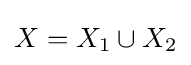
X=X_{1}\cup X_{2}